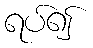
ရပ်၍